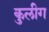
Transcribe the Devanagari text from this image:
कुलीग